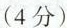
（4分）